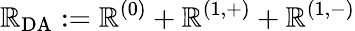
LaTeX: \mathbb{R}_{\mathrm{{DA}}}:=\mathbb{R}^{(0)}+\mathbb{R}^{(1,+)}+\mathbb{R}^{(1,-)}